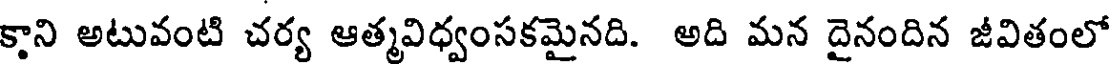
కాని అటువంటి చర్య ఆత్మవిధ్వంసకమైనది. అది మన దైనందిన జీవితంలో